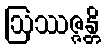
ဩဿဇ္ဇန္တိ